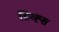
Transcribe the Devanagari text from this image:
ग्रिव्ह्स